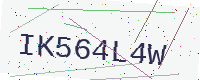
Text: IK564L4W